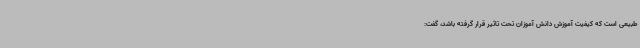
طبیعی است که کیفیت آموزش دانش آموزان تحت تاثیر قرار گرفته باشد، گفت: